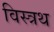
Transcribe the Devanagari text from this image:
विस्त्रथ